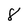
Character: 8